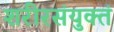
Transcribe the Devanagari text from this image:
शरीरसंयुक्तं